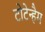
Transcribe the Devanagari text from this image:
टोटेन्हैम